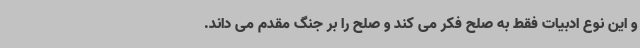
و این نوع ادبیات فقط به صلح فکر می کند و صلح را بر جنگ مقدم می داند.